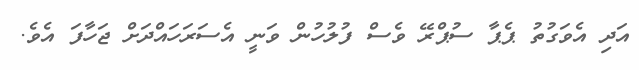
އަދި އެވަގުތު ޕެޕާ ސުޕްރޭ ވެސް ފުލުހުން ވަނީ އެސަރަހައްދަށް ޖަހާފަ އެވެ.